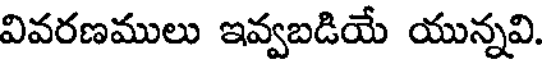
వివరణములు ఇవ్వబడియే యున్నవి.